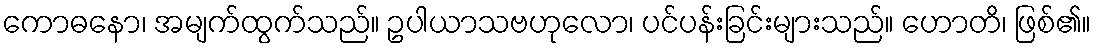
ကောဓနော၊ အမျက်ထွက်သည်။ ဥပါယာသဗဟုလော၊ ပင်ပန်းခြင်းများသည်။ ဟောတိ၊ ဖြစ်၏။